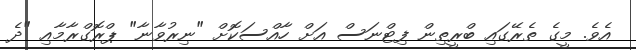
އެވެ. މީގެ ތެރޭގައި ބްރީތިން ފިޓްނަސް އަށް ހާއްސަކޮށް "ނިރުވާނާ" ޕްރޮގްރާމާއި "ދެ